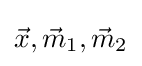
{\vec {x}},{\vec {m}}_{1},{\vec {m}}_{2}